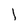
Character: I